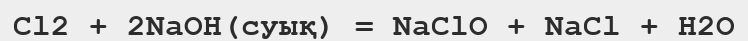
Cl2 + 2NaOH(суық) = NaClO + NaCl + H2O